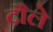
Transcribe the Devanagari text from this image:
दौले